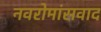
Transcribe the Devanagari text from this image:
नवरोमांसवाद